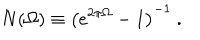
LaTeX: N ( \Omega ) \equiv \left( e ^ { 2 \pi \Omega } - 1 \right) ^ { - 1 } \ .